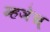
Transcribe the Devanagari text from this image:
म्हञेच्